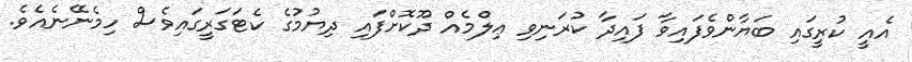
އެއީ ކުރީގައި ބަޔާންވެފައިވާ ފައިދާ ކުރަނިވި ޢިލްމެއް ދޫކޮށްފައި ދިޔުމުގެ ކެޓަގަރީގައިވެސް ހިމެނޭނެއެވެ.